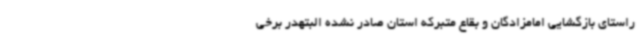
راستای بازگشایی امامزادگان و بقاع متبرکه استان صادر نشده البتهدر برخی